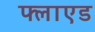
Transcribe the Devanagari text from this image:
फ्लाएड